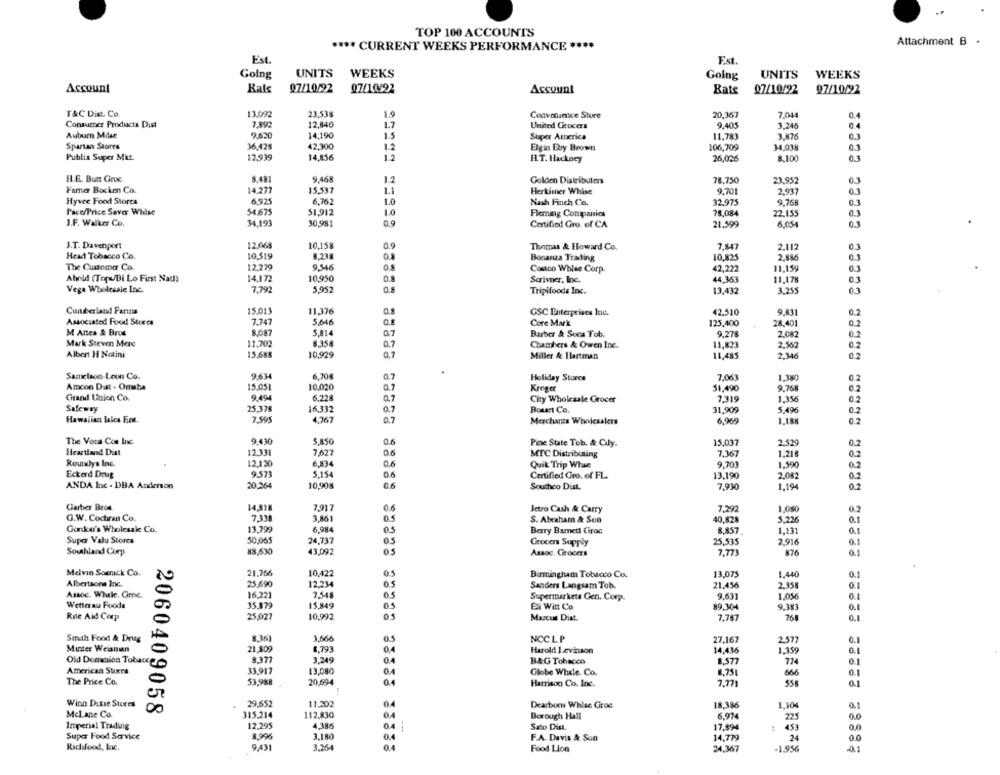
TOP 100 ACCOUNTS
**** CURRENT WEEKS PERFORMANCE ****
Attachment B .
Est.
Golng
UNITS
WEEKS
Going
UNITS
WEEKS
Account
Kals
07/10/92
07/1/4/22
Account
Bate 07/10/92
97/10/92
T&C Die. Co.
13.092
23,538
1.9
Convainice Store
20,367
7.041
Consumer Products Dust
7.992
12,840
1.7
United Grocers
9.405
3.245
Auburn Mise
9.620
14,190
1.5
Super America
11.783
3.876
0.3
Spartan Stores
36,428
42,300
12
Elgin Boy Brown:
106,709
34,038
03
12.939
14,856
Publix Super Mit.
1.2
IL.T. Hackney
26,026
8,100
0.3
IL.E. Butt Giruc.
8.481
9,468
12
Golden Distributers
78.750
23,952
03
Famnar Bocken Co.
14.277
15,537
Herkimer Whise
9.70
2.937
Hyvee Food Stores
6.925
6.767
10
Nash Finch Co.
32,975
9.768
0.3
Paco/Price Saver Widse
54.675
51,912
1.0
Fleming Companies
78,084
22,155
03
J.F. Walker Co.
34,193
30,981
1.9
Certified Gro. of CA
21,599
6,054
J.T. Davenport
12.068
10,158
0,9
Thomas & Howard Co.
7,847
2.112
Head Tobacco Co.
10.519
8.23
0.8
Bonanza Trading
10,825
2,686
The Custompar Co.
12.279
0.8
Couco Whise Corp.
42,222
11,159
Ahold (Topu/Bi Lo First Nau)
14,172
10.950
Sarivner, Inc.
44,363
11,178
Vega Wholesale Inc.
7,792
5,952
Tripifoods Inc.
13,432
3.255
03
Cumberland Farina
15.011
11,376
GSC Enterprises Inc.
42.510
9,831
0.2
Associated Food Stores
7.747
5.646
Core Mark
125,400
28.401
0.5
M Attea & Bros
8.087
5.814
0.7
Barber & Sons Tob.
9,278
2,082
Mark Steven Mere
11.702
8.358
0.7
Chambers & Owen Inc.
11,823
2.562
Albert H Notini
15.688
10,929
0.7
Miller & Hartman
11,485
2.346
02
Samelson-Leon Co.
9.634
6,70€
0.7
Holiday Storce
7.06
1,360
0.2
Amcon Dust - Omaha
15.051
10,020
0.7
Kroger
51,490
9.768
0.2
Girand Union Co.
9.494
6.228
City Wholesale Grocer
7.319
,356
0.2
Safeway
25,378
16,332
0.7
Bousrt Co.
31,909
5,496
0.2
Hawaiian leica Ent.
7.595
4,767
07
Merchants Wholesalers
6,969
1,188
0.2
The Vous Cos Inc
9.430
5,850
Poc State Teb. & Cily.
15.037
2.529
0.2
Heartland Dist
12.331
7,627
MTC Distributing
7.367
1.218
0.2
Rouxlys Inc.
12,120
6.834
Quik Trip Whse
9.701
1.590
0.2
Eckerd Drug
9.571
5.154
06
13,190
2.082
Certified Gro. of FL.
0.2
ANDA Inc - DBA Anderson
20,264
10,90s
0.6
Soucheo Dist.
7,930
1,194
02
Garber Bros
14,818
7917
0.6
Jetro Cash & Carry
7,292
1,080
0.2
G.W. Cochran Co.
7.318
3,861
O.S
S. Abraham & Son
40,828
5,226
0.1
13.799
Gordon's Wholesale Co.
6.984
0.5
Barry Bamett Groc
8,857
1,131
0.1
Super Valu Stores
50,065
24,737
Grocers Supply
25.535
2.916
0.1
Southland Corp
83,630
43.092
Assoc. Cirocers
7,773
876
0.1
Melvin Somck Co.
21.766
10,422
0.5
Birmingham Tobacco Co.
13.075
1.440
05
Albertsons Inc.
25.690
12.234
Sanders Langsam Tob.
21,456
2,358
Assoc. Whale. Groe.
0
16,221
7,548
Supermarkets Gen. Corp.
9,631
1,056
35,379
15,849
9.38
Wetterau Foods
Ei Witt Co
89,304
0.1
Rne Aid Corp
25.027
10,992
Marcus Dist.
7,787
768
0.1
Smah Food & Drug
8.361
3,666
NCCLP
27,167
2,577
0.1
Minter Weianian
21,809
1.793
Harold Levinson
14,436
1,359
0.
8.377
3.249
BAG Tobacco
0.1
Old Dominion Tobacce
8,577
774
American Stores
33,917
13,080
Globe While. Co.
6,75€
666
0.1
The Price Co.
0
53,9%8
20,694
0.4
Harrison Co. Inc.
7.771
556
0.1
Winn Dixie Stures
29,652
11.202
0.4
Dearbon Whlse Groe
18.386
1,104
0.1
McLane Co.
00
2060409058
315.214
112,830
04
Borough Hall
6.974
225
0.0
Imperial Trading
12,295
4.386
04
Sito Dist.
17,594
453
0.0
Super Food Service
8,996
3.180
14,779
24
00
F.A. Davis & Son
Richfood, Lac.
9,431
3.264
0.4
Food Lion
24,367
-1.956
-0,1